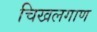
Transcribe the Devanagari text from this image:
चिखलगाण